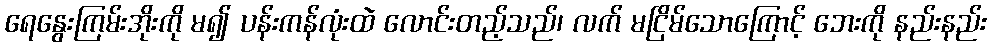
ရေနွေးကြမ်းအိုးကို မ၍ ပန်းကန်လုံးထဲ လောင်းတည့်သည်၊ လက် မငြိမ်သောကြောင့် ဘေးကို နည်းနည်း